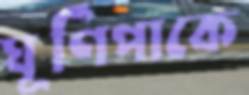
ঘূর্ণিপাকে